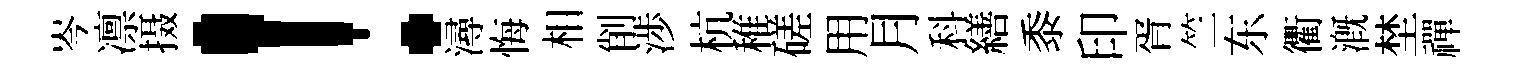
岑凛摄！潯悔相削渉杭稚磋用月科繕黍印胥竺东衢溉埜禪